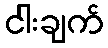
ငါးချက်